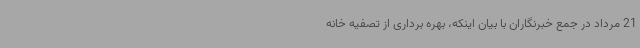
21 مرداد در جمع خبرنگاران با بیان اینکه، بهره برداری از تصفیه خانه